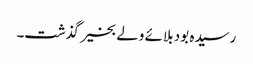
رسیدہ بود بلائے ولے بخیر گذشت۔